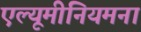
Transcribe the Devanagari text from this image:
एल्यूमीनियमना